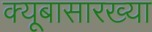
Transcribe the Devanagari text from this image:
क्यूबासारख्या